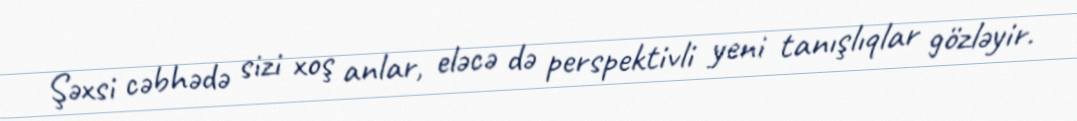
Şəxsi cəbhədə sizi xoş anlar, eləcə də perspektivli yeni tanışlıqlar gözləyir.